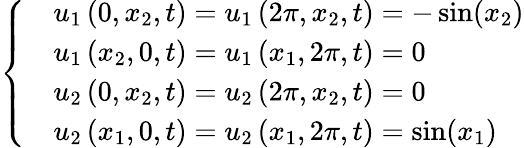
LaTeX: \left\{ \begin{array}{rl}&{u_{1}\left(0,{{x}_{2}},t\right)=u_{1}\left(2\pi,{{x}_{2}},t\right)=-\sin(x_{2})}\\ &{u_{1}\left({{x}_{2}},0,t\right)=u_{1}\left({{x}_{1}},2\pi,t\right)=0}\\ &{u_{2}\left(0,{{x}_{2}},t\right)=u_{2}\left(2\pi,{{x}_{2}},t\right)=0}\\ &{u_{2}\left({{x}_{1}},0,t\right)=u_{2}\left({{x}_{1}},2\pi,t\right)=\sin(x_{1})}\end{array}\right.